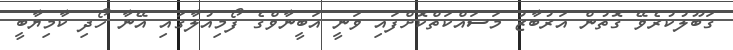
ގަބޫލުކުރެވޭ ގޮތުން އަރުބާޒު މަސައްކަތްކޮށްފައި ވަނީ އަބީނާވްގެ ފޯމިއުލާގައި އޭނާ ހޯދި ކާމިޔާބީ